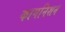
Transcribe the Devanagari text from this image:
कागनिशन